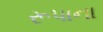
રૂપાના